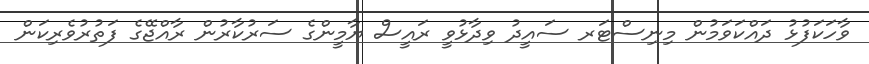
ވާހަކަފުުޅު ދައްކަވަމުން މިނިސްޓަރ ސައީދު ވިދާޅުވީ ރައީސް ޔާމީންގެ ސަރުކާރުން ރާއްޖޭގެ ފަތުރުވެރިކަން